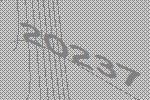
20237